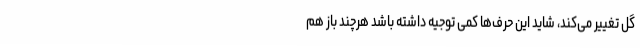
گل تغییر می‌کند، شاید این حرف‌ها کمی توجیه داشته باشد هرچند باز هم